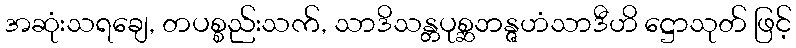
အဆုံးသရချေ, တပစ္စည်းသက်, သာဒိသန္တပုစ္ဆဘန္ဇဟံသာဒီဟိ ဋ္ဌောသုတ် ဖြင့်